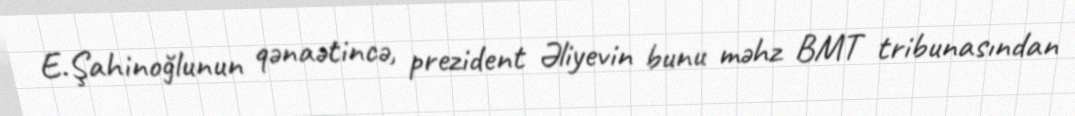
E.Şahinoğlunun qənaətincə, prezident Əliyevin bunu məhz BMT tribunasından